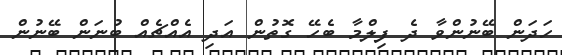
ހަދަން ބޭނުންވާ ދެ ފިލްމާ ބެހޭ ގޮތުން އަދި އެއްޗެއް ބުނަން ބޭނުން